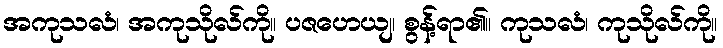
အကုသလံ၊ အကုသိုလ်ကို။ ပဇဟေယျ၊ စွန့်ရာ၏။ ကုသလံ၊ ကုသိုလ်ကို။